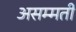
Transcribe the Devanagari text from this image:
असम्मती